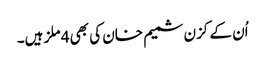
اُن کے کزن شمیم خان کی بھی 4 ملز ہیں۔